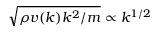
\sqrt { \rho v ( k ) k ^ { 2 } / m } \propto k ^ { 1 / 2 }